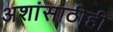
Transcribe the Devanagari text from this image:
अशांसाठीही